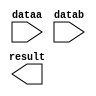
// megafunction wizard: %LPM_ADD_SUB%VBB%
// GENERATION: STANDARD
// VERSION: WM1.0
// MODULE: LPM_ADD_SUB 

// ============================================================
// Megafunction Name(s):
// 			LPM_ADD_SUB
//
// Simulation Library Files(s):
// 			lpm
// ============================================================
// ************************************************************
// THIS IS A WIZARD-GENERATED FILE. DO NOT EDIT THIS FILE!
//
// 18.1.0 Build 625 09/12/2018 SJ Lite Edition
// ************************************************************

//Copyright (C) 2018  Intel Corporation. All rights reserved.
//Your use of Intel Corporation's design tools, logic functions 
//and other software and tools, and its AMPP partner logic 
//functions, and any output files from any of the foregoing 
//(including device programming or simulation files), and any 
//associated documentation or information are expressly subject 
//to the terms and conditions of the Intel Program License 
//Subscription Agreement, the Intel Quartus Prime License Agreement,
//the Intel FPGA IP License Agreement, or other applicable license
//agreement, including, without limitation, that your use is for
//the sole purpose of programming logic devices manufactured by
//Intel and sold by Intel or its authorized distributors.  Please
//refer to the applicable agreement for further details.

module add16 (
	dataa,
	datab,
	result);

	input	[15:0]  dataa;
	input	[15:0]  datab;
	output	[15:0]  result;

endmodule

// ============================================================
// CNX file retrieval info
// ============================================================
// Retrieval info: PRIVATE: CarryIn NUMERIC "0"
// Retrieval info: PRIVATE: CarryOut NUMERIC "0"
// Retrieval info: PRIVATE: ConstantA NUMERIC "0"
// Retrieval info: PRIVATE: ConstantB NUMERIC "0"
// Retrieval info: PRIVATE: Function NUMERIC "0"
// Retrieval info: PRIVATE: INTENDED_DEVICE_FAMILY STRING "Cyclone V"
// Retrieval info: PRIVATE: LPM_PIPELINE NUMERIC "0"
// Retrieval info: PRIVATE: Latency NUMERIC "0"
// Retrieval info: PRIVATE: Overflow NUMERIC "0"
// Retrieval info: PRIVATE: RadixA NUMERIC "10"
// Retrieval info: PRIVATE: RadixB NUMERIC "10"
// Retrieval info: PRIVATE: Representation NUMERIC "1"
// Retrieval info: PRIVATE: SYNTH_WRAPPER_GEN_POSTFIX STRING "0"
// Retrieval info: PRIVATE: ValidCtA NUMERIC "0"
// Retrieval info: PRIVATE: ValidCtB NUMERIC "0"
// Retrieval info: PRIVATE: WhichConstant NUMERIC "0"
// Retrieval info: PRIVATE: aclr NUMERIC "0"
// Retrieval info: PRIVATE: clken NUMERIC "0"
// Retrieval info: PRIVATE: nBit NUMERIC "16"
// Retrieval info: PRIVATE: new_diagram STRING "1"
// Retrieval info: LIBRARY: lpm lpm.lpm_components.all
// Retrieval info: CONSTANT: LPM_DIRECTION STRING "ADD"
// Retrieval info: CONSTANT: LPM_HINT STRING "ONE_INPUT_IS_CONSTANT=NO,CIN_USED=NO"
// Retrieval info: CONSTANT: LPM_REPRESENTATION STRING "UNSIGNED"
// Retrieval info: CONSTANT: LPM_TYPE STRING "LPM_ADD_SUB"
// Retrieval info: CONSTANT: LPM_WIDTH NUMERIC "16"
// Retrieval info: USED_PORT: dataa 0 0 16 0 INPUT NODEFVAL "dataa[15..0]"
// Retrieval info: USED_PORT: datab 0 0 16 0 INPUT NODEFVAL "datab[15..0]"
// Retrieval info: USED_PORT: result 0 0 16 0 OUTPUT NODEFVAL "result[15..0]"
// Retrieval info: CONNECT: @dataa 0 0 16 0 dataa 0 0 16 0
// Retrieval info: CONNECT: @datab 0 0 16 0 datab 0 0 16 0
// Retrieval info: CONNECT: result 0 0 16 0 @result 0 0 16 0
// Retrieval info: GEN_FILE: TYPE_NORMAL add16.v TRUE
// Retrieval info: GEN_FILE: TYPE_NORMAL add16.inc FALSE
// Retrieval info: GEN_FILE: TYPE_NORMAL add16.cmp FALSE
// Retrieval info: GEN_FILE: TYPE_NORMAL add16.bsf FALSE
// Retrieval info: GEN_FILE: TYPE_NORMAL add16_inst.v TRUE
// Retrieval info: GEN_FILE: TYPE_NORMAL add16_bb.v TRUE
// Retrieval info: LIB_FILE: lpm